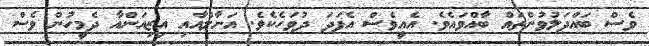
ވެސް ބައްދަލުވުންތައް ބާއްވައެވެ. އެއީވެސް އެފަދަ ދުވަހެކެވެ. އަނާލްއާއި އިޒިއަންއާ ދެމީހުން ވެސް